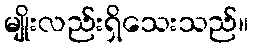
မျိုးလည်းရှိသေးသည်။